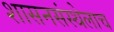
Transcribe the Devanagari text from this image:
शासनसंस्थेलाच